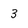
Character: 3